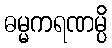
ဓမ္မကရဏမ္ပိ